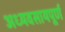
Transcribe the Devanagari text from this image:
अध्यवसायपूर्ण